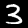
Digit: 3